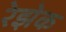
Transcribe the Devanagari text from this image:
रेझेक